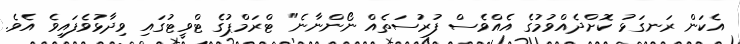
އެކަން ރަނގަޅު ކޮށްދެއްވުމުގެ އެއްވެސް ފުރުސަތެއް ނޯންނާނެ" ޓްރަމްޕުގެ ޓްވީޓުގައި ވިދާޅުވެފައިވެ އެވެ.